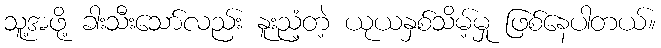
သူ့အဖို့ ခါးသီးသော်လည်း နူးညံ့တဲ့ ယုယနှစ်သိမ့်မှု ဖြစ်နေပါတယ်။